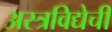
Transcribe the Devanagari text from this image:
अस्त्रविद्येची